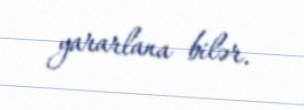
yararlana bilər.